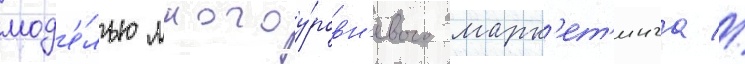
мод'е́лью многоу́ровн'евого марк'ет'инга //